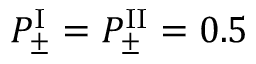
P _ { \pm } ^ { \mathrm { I } } = P _ { \pm } ^ { \mathrm { I I } } = 0 . 5